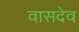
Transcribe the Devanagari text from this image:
वासदेव